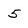
Character: 5